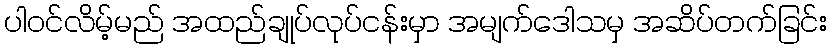
ပါဝင်လိမ့်မည် အထည်ချုပ်လုပ်ငန်းမှာ အမျက်ဒေါသမှ အဆိပ်တက်ခြင်း